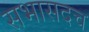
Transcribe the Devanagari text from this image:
सभासदच